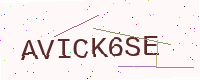
Text: AVICK6SE